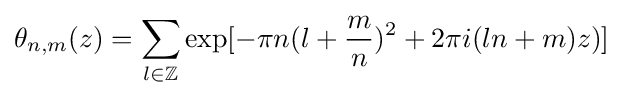
\theta _{n,m}(z)=\sum _{l\in \mathbb {Z} }\exp[-\pi n(l+{m \over n})^{2}+2\pi i(ln+m)z)]